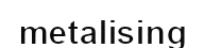
metalising